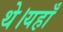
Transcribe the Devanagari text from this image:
थे।यहाँ